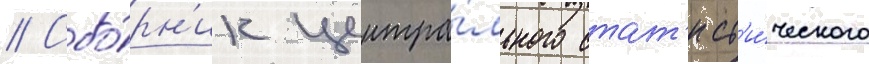
// Сбо́рн'ик центра́льного стат'ист'и́ческого